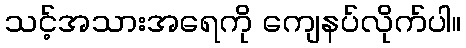
သင့်အသားအရေကို ကျေနပ်လိုက်ပါ။